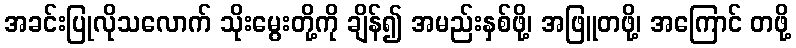
အခင်းပြုလိုသလောက် သိုးမွေးတို့ကို ချိန်၍ အမည်းနှစ်ဖို့၊ အဖြူတဖို့၊ အကြောင် တဖို့